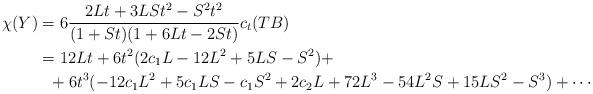
LaTeX: \begin{align*}\begin{aligned}\chi(Y) & = 6\frac{ 2Lt+3 L St^2 - S^2t^2}{(1+S t) (1+6 L t- 2 St )} c_t(TB)\\&=12 L t + 6 t^2 (2 c_1 L - 12 L^2 + 5 L S - S^2) + \\& \ \ + 6 t^3 (-12 c_1 L^2+5 c_1 L S-c_1 S^2+2 c_2 L+72 L^3-54 L^2 S+15 L S^2-S^3)+\cdots \end{aligned}\end{align*}